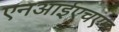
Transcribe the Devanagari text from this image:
एनआईएचएम